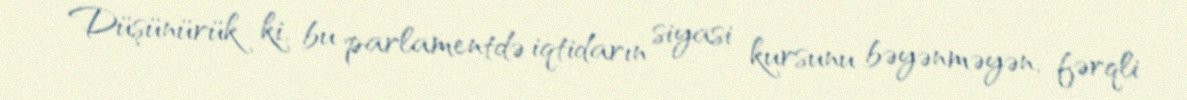
Düşünürük ki, bu parlamentdə iqtidarın siyasi kursunu bəyənməyən, fərqli